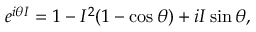
e ^ { i \theta I } = 1 - I ^ { 2 } ( 1 - \cos \theta ) + i I \sin \theta ,